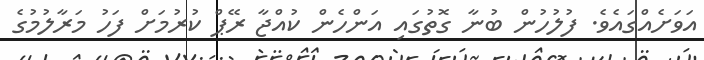
އަވަށެއްގައެވެ. ފުލުހުން ބުނާ ގޮތުގައި އަންހެން ކުއްޖާ ރޭޕް ކުރުމަށް ފަހު މަރާލުމުގެ